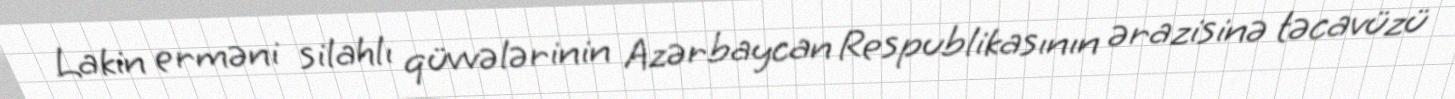
Lakin erməni silahlı qüvvələrinin Azərbaycan Respublikasının ərazisinə təcavüzü